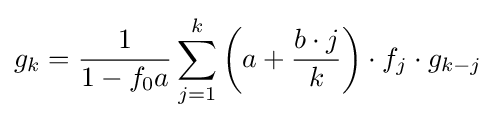
g_{k}={\frac {1}{1-f_{0}a}}\sum _{j=1}^{k}\left(a+{\frac {b\cdot j}{k}}\right)\cdot f_{j}\cdot g_{k-j}